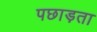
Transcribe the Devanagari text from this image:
पछाड़ता